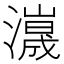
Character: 𤁑